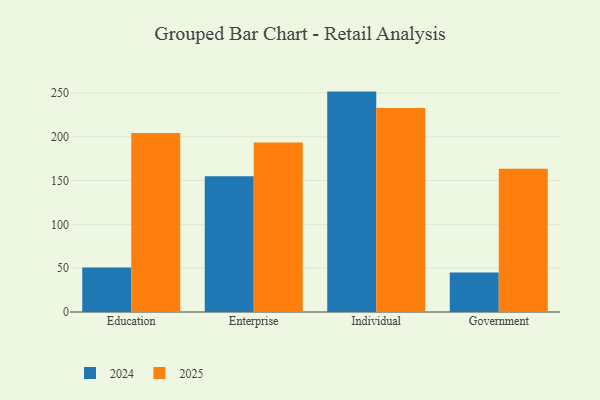
{"axis": {"x": "Segment", "y": "Active Users"}, "legend": ["2024", "2025"], "data": [{"x": "Education", "y": 204.4, "type": "2025"}, {"x": "Education", "y": 50.8, "type": "2024"}, {"x": "Enterprise", "y": 193.4, "type": "2025"}, {"x": "Enterprise", "y": 155.0, "type": "2024"}, {"x": "Individual", "y": 232.9, "type": "2025"}, {"x": "Individual", "y": 251.5, "type": "2024"}, {"x": "Government", "y": 163.6, "type": "2025"}, {"x": "Government", "y": 45.1, "type": "2024"}]}